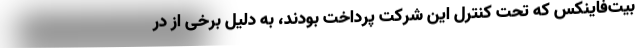
بیت‌فاینکس که تحت کنترل این شرکت پرداخت بودند، به دلیل برخی از در